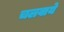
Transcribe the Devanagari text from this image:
चलवाये